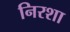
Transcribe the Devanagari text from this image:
निरशा